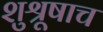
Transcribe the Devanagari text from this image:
शुश्रूषाच